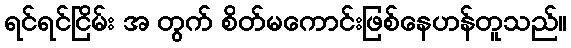
ရင်ရင်ငြိမ်း အ တွက် စိတ်မကောင်းဖြစ်နေဟန်တူသည်။